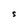
Character: S